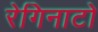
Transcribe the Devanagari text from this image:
रेगिनाटो